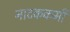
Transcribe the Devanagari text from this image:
नाटककर्मी